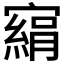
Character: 𡫂